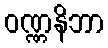
ဝဏ္ဏနိဘာ